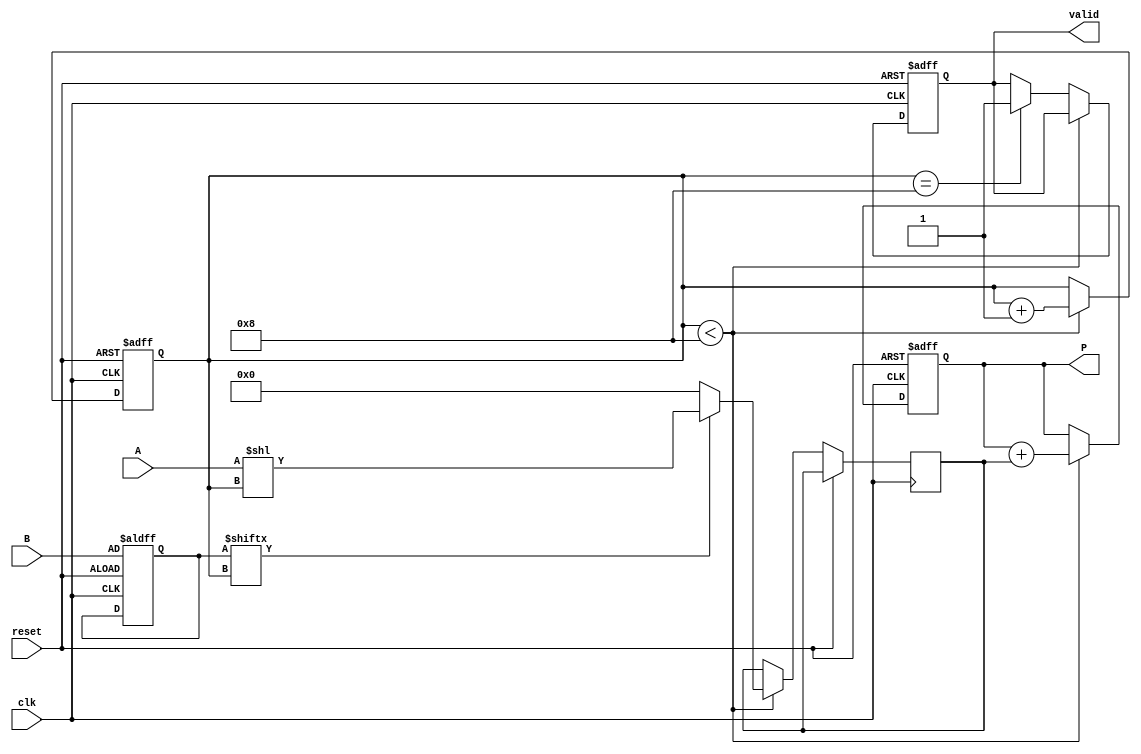
module PartialProductAccumulator #(
    parameter N = 8, // Width of multiplicand A
    parameter M = 8  // Width of multiplier B
)(
    input wire [N-1:0] A,         // Multiplicand
    input wire [M-1:0] B,         // Multiplier
    input wire clk,                // Clock
    input wire reset,              // Asynchronous reset
    output reg [N+M-1:0] P,       // Product
    output reg valid               // Valid signal
);

    reg [N+M-1:0] partial_product; // To hold the current partial product
    reg [M-1:0] current_multiplier; // Current multiplier being processed
    reg [3:0] count;               // Counter for bits processed

    always @(posedge clk or posedge reset) begin
        if (reset) begin
            P <= 0;                // Clear product on reset
            valid <= 0;           // Clear valid signal
            count <= 0;           // Reset count
            current_multiplier <= B; // Load multiplier
        end else begin
            if (count < M) begin
                // Generate the partial product based on the current bit of the multiplier
                if (current_multiplier[count]) begin
                    partial_product <= A << count; // Shift A by current count
                end else begin
                    partial_product <= 0; // No partial product for this bit
                end

                // Accumulate the partial product
                P <= P + partial_product;

                // Increment the count
                count <= count + 1;
            end else if (count == M) begin
                // All bits processed, set valid signal
                valid <= 1;
            end
        end
    end

endmodule